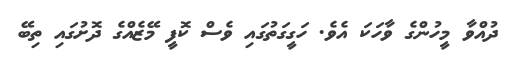
ދުއްވާ މީހުންގެ ވާހަކަ އެވެ. ހަގީގަތުގައި ވެސް ކޮފީ މޭޒެއްގެ ދޮށުގައި ތިބޭ